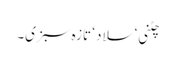
چٹنی ‘ سلاد ‘ تازہ سبزی۔